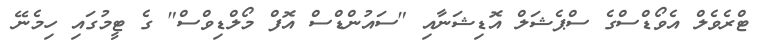
ޓްރެވެލް އެވޯޑްސްގެ ސްޕެޝަލް އޮޑިޝަނާއި "ސައުންޑްސް އޮފް މޯލްޑިވްސް" ގެ ޓީމުގައި ހިމެނޭ